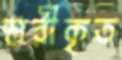
স্তরীকৃত